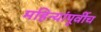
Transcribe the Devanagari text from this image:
महिन्यांपूर्वीच